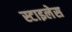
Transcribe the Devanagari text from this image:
स्टाइलेस